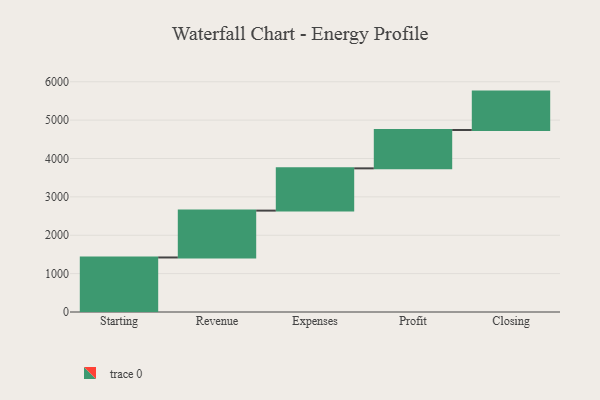
{"axis": {"x": "Step", "y": "Value"}, "legend": [""], "data": [{"x": "Starting", "y": 1421.0, "type": ""}, {"x": "Revenue", "y": 1221.0, "type": ""}, {"x": "Expenses", "y": 1101.0, "type": ""}, {"x": "Profit", "y": 1000, "type": ""}, {"x": "Closing", "y": 1000, "type": ""}]}